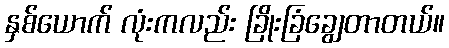
နှစ်ယောက် လုံးကလည်း ခြိုးခြံချွေတာတယ်။